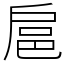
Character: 扈